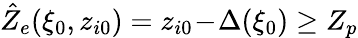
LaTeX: \hat{Z}_{e}(\xi_{0},z_{i0})=z_{i0}\! -\! \Delta(\xi_{0})\ge Z_{p}